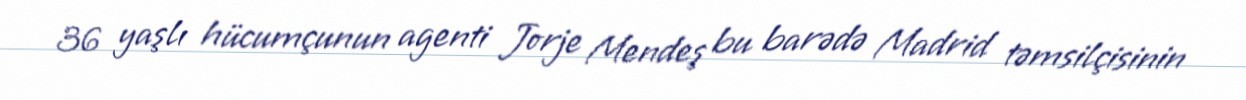
36 yaşlı hücumçunun agenti Jorje Mendeş bu barədə Madrid təmsilçisinin